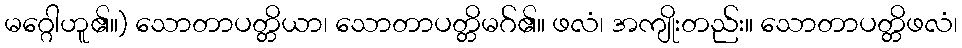
မဂ္ဂေါဟူ၏။) သောတာပတ္တိယာ၊ သောတာပတ္တိမဂ်၏။ ဖလံ၊ အကျိုးတည်း။ သောတာပတ္တိဖလံ၊